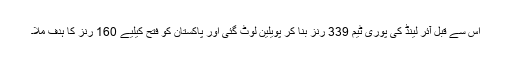
اس سے قبل آئر لینڈ کی پوری ٹیم 339 رنز بنا کر پویلین لوٹ گئی اور پاکستان کو فتح کیلیے 160 رنز کا ہدف ملا۔